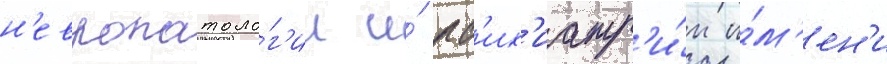
н'европатоло́г'ии и́ пс'их'иатр'и́и и́м'ен'и